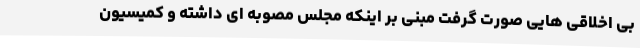
بی اخلاقی هایی صورت گرفت مبنی بر اینکه مجلس مصوبه ای داشته و کمیسیون